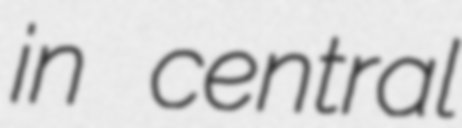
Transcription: in central